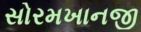
સોરમખાનજી